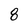
Character: 8